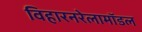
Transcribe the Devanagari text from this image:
विहारनरेलामॉडल